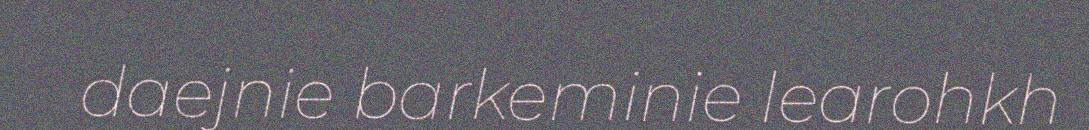
daejnie barkeminie learohkh